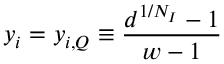
y _ { i } = y _ { i , Q } \equiv \frac { d ^ { 1 / N _ { I } } - 1 } { w - 1 }